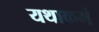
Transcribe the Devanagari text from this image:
यथाकर्म